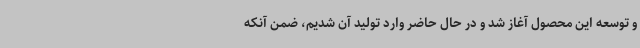
و توسعه این محصول آغاز شد و در حال حاضر وارد تولید آن شدیم، ضمن آنکه